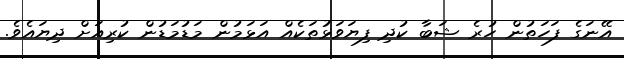
އޭނަގެ ފަހަތުން ހުރެ ޝަބާ ކުދި ފިޔަވަޅުތަކެއް އަޅަމުން މަޑުމަޑުން ކުރިއަށް ދިޔައެވެ.